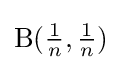
\mathrm {B} ({\tfrac {1}{n}},{\tfrac {1}{n}})